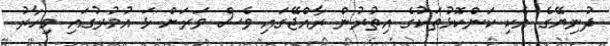
ދުނިޔޭގެ އެކި ކަންކޮޅުތަކުގެ އިތުރުން ރާއްޖޭގައި ވެސް ވަރަށް ޅަ އުމުރުގައި މިހާރު